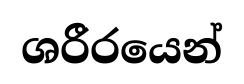
ශරීරයෙන්